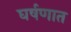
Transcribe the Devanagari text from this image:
घर्षणात